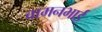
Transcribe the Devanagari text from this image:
वामनभाई